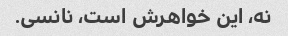
نه، این خواهرش است، نانسی.